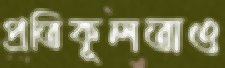
প্রতিকূলতাও